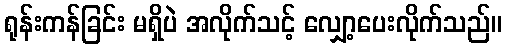
ရုန်းကန်ခြင်း မရှိပဲ အလိုက်သင့် လျှော့ပေးလိုက်သည်။